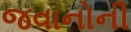
જવાનોની